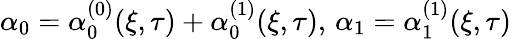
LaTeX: \alpha_{0}=\alpha_{0}^{(0)}(\xi,\tau)+\alpha_{0}^{(1)}(\xi,\tau),\, \alpha_{1}=\alpha_{1}^{(1)}(\xi,\tau)